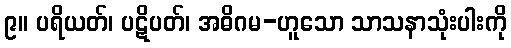
၉။ ပရိယတ်၊ ပဋိပတ်၊ အဓိဂမ-ဟူသော သာသနာသုံးပါးကို